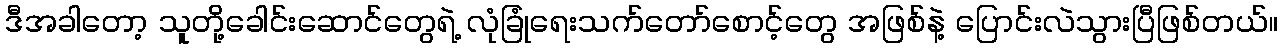
ဒီအခါတော့ သူတို့ခေါင်းဆောင်တွေရဲ့ လုံခြုံရေးသက်တော်စောင့်တွေ အဖြစ်နဲ့ ပြောင်းလဲသွားပြီဖြစ်တယ်။